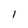
Character: l